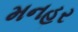
મનહર